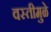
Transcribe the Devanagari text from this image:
वस्तीमुळे